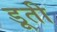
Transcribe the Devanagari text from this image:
डूती